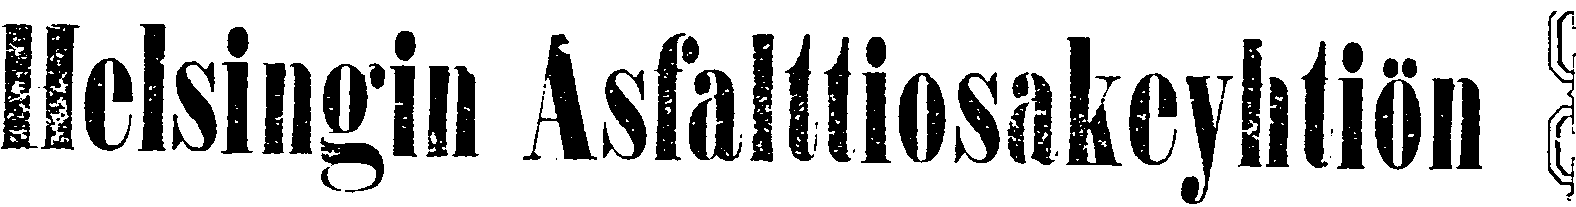
Helsingin Asfalttiosakeyhtiön